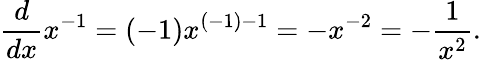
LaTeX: {\frac{d}{dx}}x^{-1}=(-1)x^{(-1)-1}=-x^{-2}=-{\frac{1}{x^{2}}}.